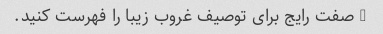
5 صفت رایج برای توصیف غروب زیبا را فهرست کنید.